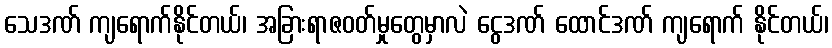
သေဒဏ် ကျရောက်နိုင်တယ်၊ အခြားရာဇဝတ်မှုတွေမှာလဲ ငွေဒဏ် ထောင်ဒဏ် ကျရောက် နိုင်တယ်၊